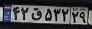
۴۲ق۵۳۲۲۹